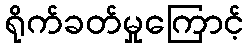
ရိုက်ခတ်မှုကြောင့်